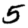
Digit: 5